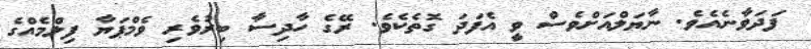
ފަދަވާނެއެވެ. ނާޔަލްއަށްވެސް ވީ އެފަދަ ގޮތެކެވެ. ރޭގެ ހާދިސާ ބިރުވެރި ވެމްޕަޔާ ފިލްމެއްގެ